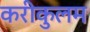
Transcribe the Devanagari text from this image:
करीकुलम